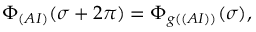
\Phi _ { ( A I ) } ( \sigma + 2 \pi ) = \Phi _ { g ( ( A I ) ) } ( \sigma ) ,